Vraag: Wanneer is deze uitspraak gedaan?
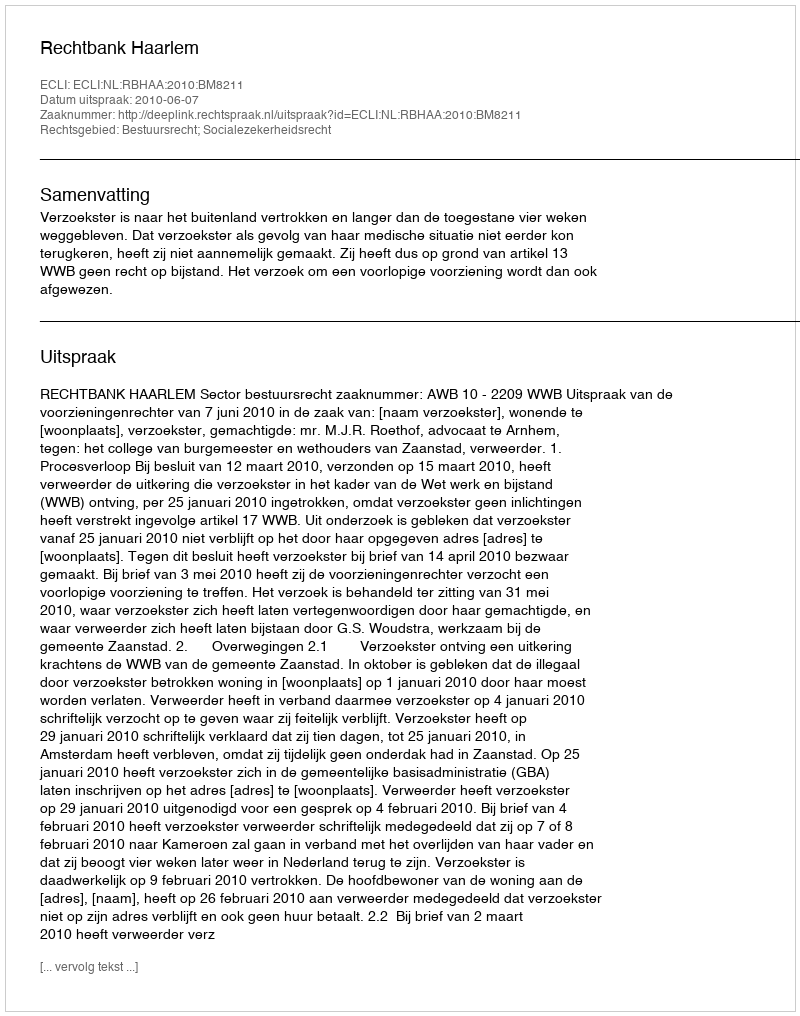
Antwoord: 2010-06-07